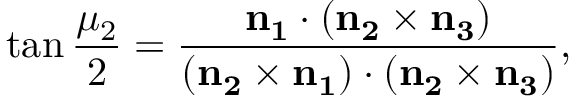
\tan { \frac { \mu _ { 2 } } 2 } = \frac { \bf { n } _ { 1 } \cdot ( \bf { n } _ { 2 } \times \bf { n } _ { 3 } ) } { ( \bf { n } _ { 2 } \times \bf { n } _ { 1 } ) \cdot ( \bf { n } _ { 2 } \times \bf { n } _ { 3 } ) } ,